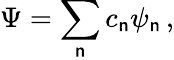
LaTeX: \Psi=\sum_{\mathsf{n}}c_{\mathsf{n}}\psi_{\mathsf{n}}\, ,